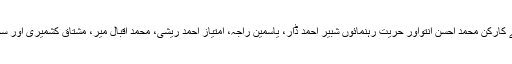
دھرنے میںانسانی حقوق کے کارکن محمد احسن انتواور حریت رہنمائوں شبیر احمد ڈار، یاسمین راجہ، امتیاز احمد ریشی، محمد اقبال میر، مشتاق کشمیری اور سجاد گل نے بھی شرکت کی ۔